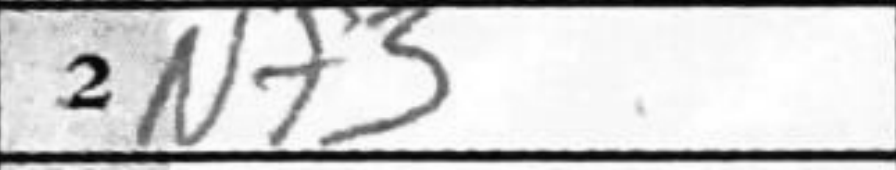
Transcription: Nf3